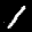
Label: 1